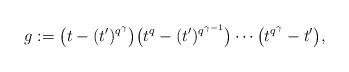
LaTeX: \begin{align*} g := \bigl(t-(t')^{q^\gamma}\bigr) \bigl(t^q-(t')^{q^{\gamma-1}}\bigr) \dotsb \bigl(t^{q^\gamma}-t'\bigr), \end{align*}